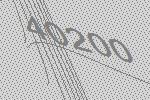
40200